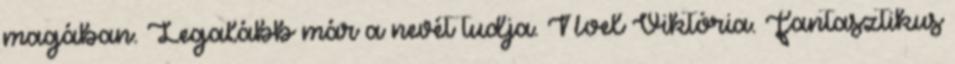
magában. Legalább már a nevét tudja. Noel Viktória. Fantasztikus